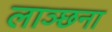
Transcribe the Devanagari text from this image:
लाञ्छना